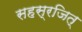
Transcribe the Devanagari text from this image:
सहस्रजित्